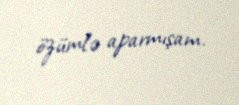
özümlə aparmışam.